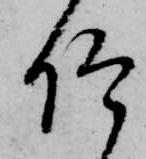
仰